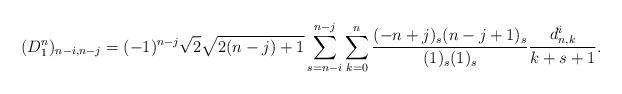
LaTeX: \begin{align*}(D^n_1)_{n-i,n-j}=(-1)^{n-j}\sqrt{2}\sqrt{2(n-j)+1}\sum_{s=n-i}^{n-j}\sum_{k=0}^n\frac{(-n+j)_s(n-j+1)_s}{(1)_s(1)_s}\frac{d^i_{n,k}}{k+s+1}.\end{align*}